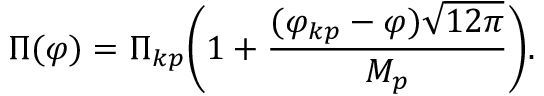
\Pi ( \varphi ) = \Pi _ { k p } \Biggl ( 1 + \frac { ( \varphi _ { k p } - \varphi ) \sqrt { 1 2 \pi } } { M _ { p } } \Biggr ) .